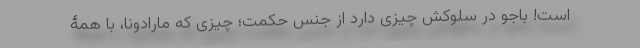
است! باجو در سلوکش چیزی دارد از جنس حکمت؛ چیزی که مارادونا، با همۀ